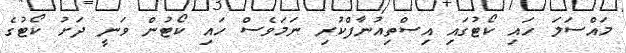
މައްސަލަ ހައި ކޯޓުގައި އިސްތިއުނާފްކުރި ނަމަވެސް ހައި ކޯޓުން ވަނީ ދަށު ކޯޓުގެ